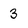
Character: 3